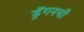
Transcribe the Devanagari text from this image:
ड्रॅगनची